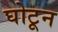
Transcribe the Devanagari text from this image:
घोटून